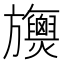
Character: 𣄪